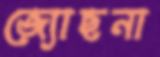
জ্যোছনা